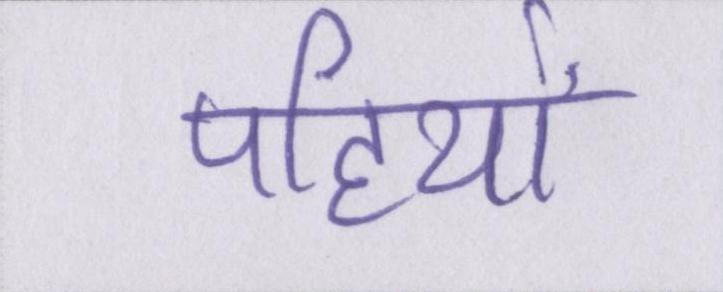
पहियों